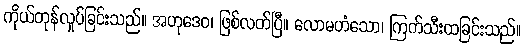
ကိုယ်တုန်လှုပ်ခြင်းသည်။ အဟုဒေဝ၊ ဖြစ်လတ်ပြီ။ လောမဟံသော၊ ကြက်သီးထခြင်းသည်။